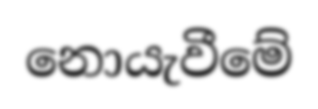
නොයැවීමේ